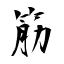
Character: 筋